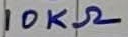
Text: 10KΩ